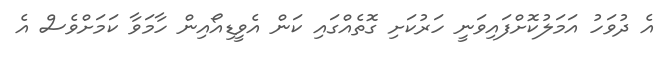
އެ ދުވަހު އަމަލުކޮށްފައިވަނީ ހަރުކަށި ގޮތެއްގައި ކަން އެވީޑިއޯއިން ހާމަވާ ކަމަށްވެސް އެ